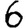
Digit: 6